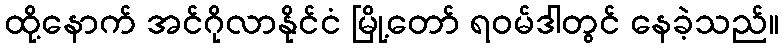
ထို့နောက် အင်ဂိုလာနိုင်ငံ မြို့တော် ရဝမ်ဒါတွင် နေခဲ့သည်။